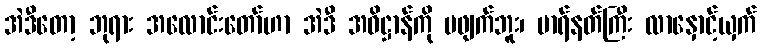
အဲဒီတော့ ဘုရား အလောင်းတော်ဟာ အဲဒီ အဓိဋ္ဌာန်ကို မဖျက်ဘူး၊ မာရ်နတ်ကြီး လာနှောင့်ယှက်